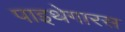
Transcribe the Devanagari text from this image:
पाइथेगारस